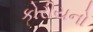
કોરીયનો